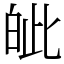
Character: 皉